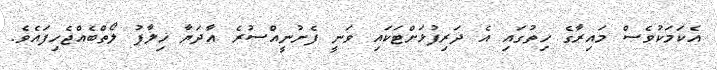
އެކަމަކުވެސް މައިރާގެ ހިތުގައި އެ ދަރިފުޅަށްޓަކައި ވަނީ ފެށުނީއްސުރެ އާދަޔާ ޚިލާފު ލޯތްބެއްޖެހިފައެވެ.